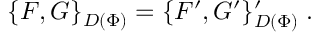
\{ F , G \} _ { D ( \Phi ) } = \{ F ^ { \prime } , G ^ { \prime } \} _ { D ( \Phi ) } ^ { \prime } \; .